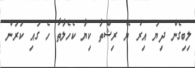
ލިބިގެން ދިޔަ އިރު ޔޭ ރިޝްތާ ކިޔާ ކެހެލާތާ ހެ ގައި ކަރަން